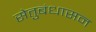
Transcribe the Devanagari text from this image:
सेतुबंधासन